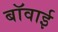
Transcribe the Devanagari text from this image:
बॉवाई